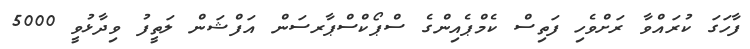
ފާހަގަ ކުރައްވާ ރަށްވެހި ފަތިސް ކެމްޕެއިންގެ ސްޕޯކްސްޕާރސަން އަފްޝަން ލަތީފު ވިދާޅުވީ 5000